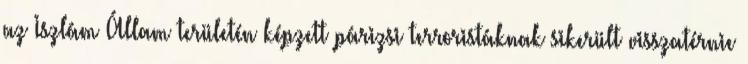
az Iszlám Állam területén képzett párizsi terroristáknak sikerült visszatérnie